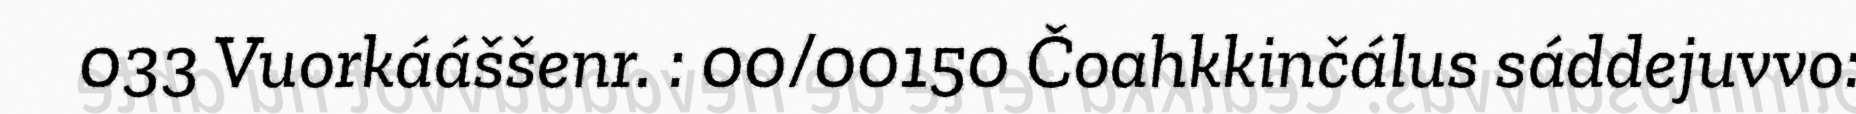
033 Vuorkááššenr. : 00/00150 Čoahkkinčálus sáddejuvvo: